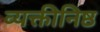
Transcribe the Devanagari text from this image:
व्यक्तीनिष्ठ